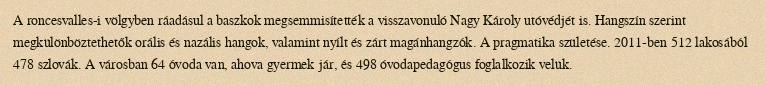
A roncesvalles-i völgyben ráadásul a baszkok megsemmisítették a visszavonuló Nagy Károly utóvédjét is. Hangszín szerint megkülönböztethetők orális és nazális hangok, valamint nyílt és zárt magánhangzók. A pragmatika születése. 2011-ben 512 lakosából 478 szlovák. A városban 64 óvoda van, ahova gyermek jár, és 498 óvodapedagógus foglalkozik velük.